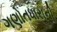
ગણોતધારાની